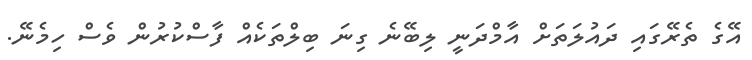
އޭގެ ތެރޭގައި ދައުލަތަށް އާމްދަނީ ލިބޭނެ ގިނަ ބިލްތަކެއް ފާސްކުރުން ވެސް ހިމެނޭ.